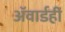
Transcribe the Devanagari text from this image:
ॲवार्डही